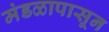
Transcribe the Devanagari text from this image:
मंडळापासून